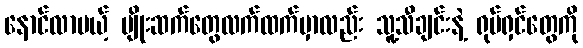
နောင်လာမယ့် မျိုးဆက်တွေလက်ထက်မှာလည်း သူ့သီချင်းနဲ့ ရုပ်ရှင်တွေကို